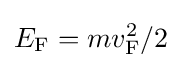
E_{\mathrm {F} }=mv_{\mathrm {F} }^{2}/2